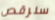
سنرقص